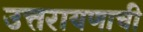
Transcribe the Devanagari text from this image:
उत्तरायणाची